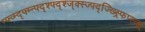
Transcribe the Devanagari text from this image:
म्फ्व्म्द्फ्म्न्फ्द्श्फ्द्श्ज्क्स्ज्फ्द्ज्ख्स्र्फिप्स्व्झ्र्